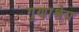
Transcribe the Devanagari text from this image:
गुणाश्रेय